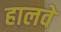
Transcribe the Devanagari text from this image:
हालवे